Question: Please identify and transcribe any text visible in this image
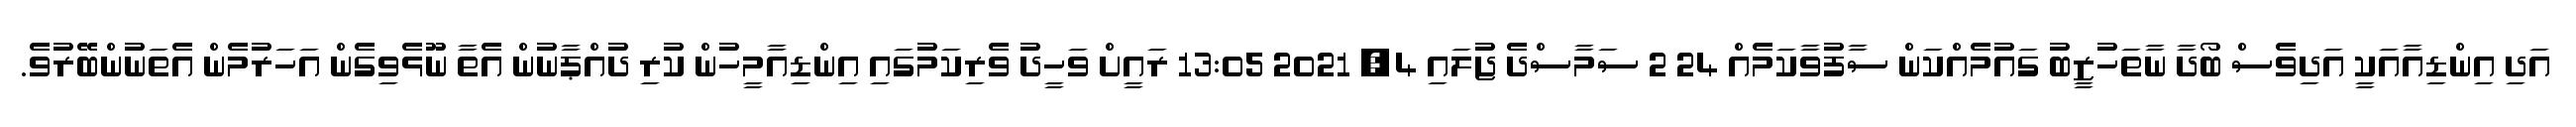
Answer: އަދި އިންޑިއާއަކީ އަދިވެސް ބޯދާ ނާތަހުޒީބު ގައުމެއްކަން ސާފުވާކަމެއް 24 2 ސަމާސްދެ ޖުލައި 4, 2021 13:05 ރައީށް ވަހީދު ވެރިކަމުގައި އިންޑިއާމީހުން ކުރި ދުއްޕާނުން އެތާ ނޫޅެވިގެން އަހަރުމެން އެތަނުންބޭރުވެ.